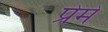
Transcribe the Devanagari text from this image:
प्रेमे